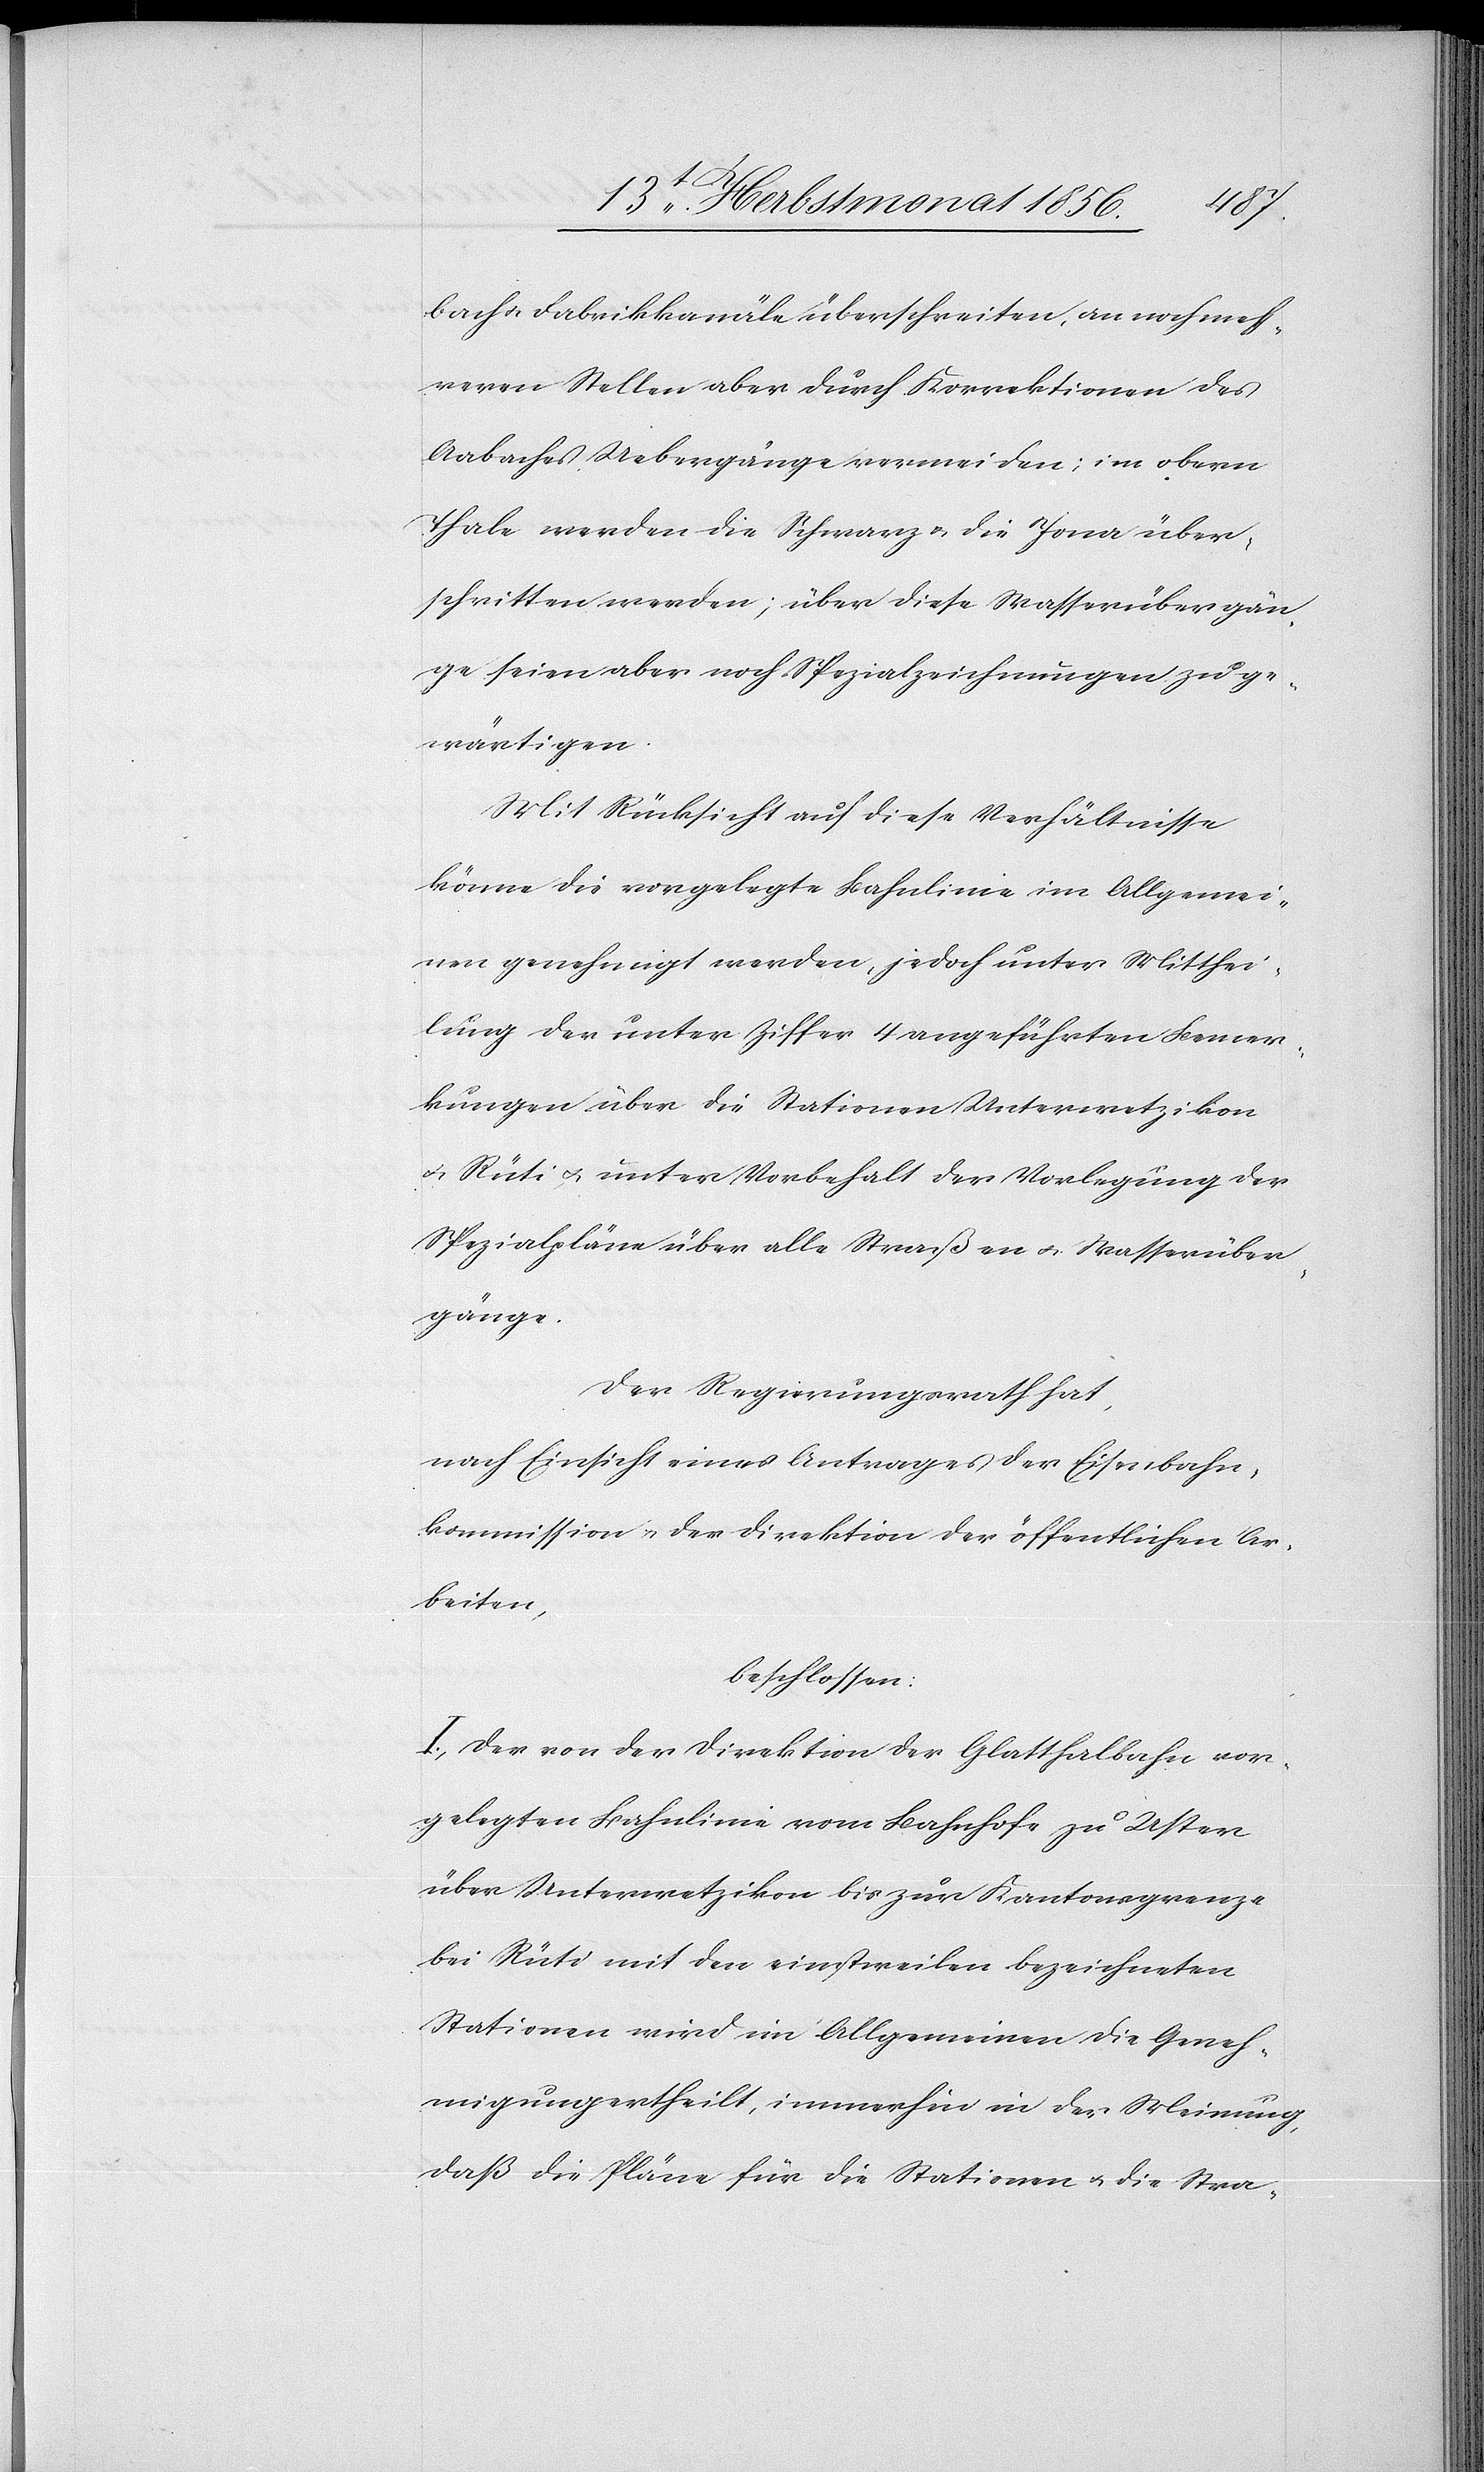
bach u. Fabrikkanäle überschreiten, an noch meh¬
reren Stellen aber durch Korrektionen des
Aabaches Uebergänge vermeiden; im obern
Thale werden die Schwarz u. die Jona über¬
schritten werden; über diese Wasserübergän¬
ge seien aber noch Spezialzeichnungen zu ge¬
wärtigen.
Mit Rücksicht auf diese Verhältnisse
könne die vorgelegte Bahnlinie im Allgemei¬
nen genehmigt werden, jedoch unter Mitthei¬
lung der unter Ziffer 4 angeführten Bemer¬
kungen über die Stationen Unterwetzikon
u. Rüti u. unter Vorbehalt der Vorlegung der
Spezialpläne über alle Straßen u. Wasserüber¬
gänge.
Der Regierungsrath hat,
nach Einsicht eines Antrages der Eisenbahn¬
kommission u. der Direktion der öffentlichen Ar¬
beiten,
beschlossen:
I.) Der von der Direktion der Glatthalbahn vor¬
gelegten Bahnlinie vom Bahnhofe zu Uster
über Unterwetzikon bis zur Kantonsgrenze
bei Rüti mit den einstweilen bezeichneten
Stationen wird im Allgemeinen die Geneh¬
migung ertheilt, immerhin in der Meinung,
daß die Pläne für die Stationen u. die Stra-